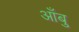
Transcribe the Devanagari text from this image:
आँबु